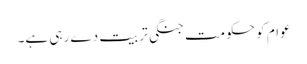
عوام کو حکومت جنگی تربیت دے رہی ہے۔